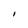
Character: I